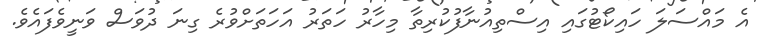
އެ މައްސަލަ ހައިކޯޓުގައި އިސްތިއުނާފުކުރިތާ މިހާރު ހަތަރު އަހަތަށްވުރެ ގިނަ ދުވަސް ވަނީވެފައެވެ.